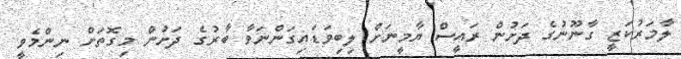
ލާމަރުކަޒީ ގާނޫނުގެ ދަށުން ރައީސް ޔާމީނަަށް ލިބިވަޑައިގަންނަވާ ބާރުގެ ދަށުން މިގޮތަށް ނިންމެވީ